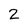
Character: 2